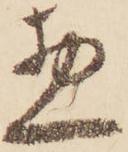
惣